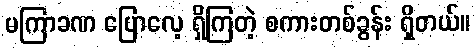
မကြာခဏ ပြောလေ့ ရှိကြတဲ့ စကားတစ်ခွန်း ရှိတယ်။